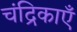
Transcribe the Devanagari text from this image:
चंद्रिकाएँ